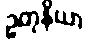
ဥတုနိယာ